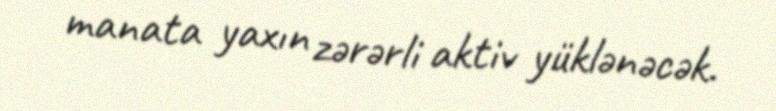
manata yaxın zərərli aktiv yüklənəcək.